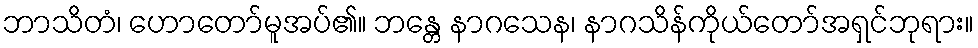
ဘာသိတံ၊ ဟောတော်မူအပ်၏။ ဘန္တေ နာဂသေန၊ နာဂသိန်ကိုယ်တော်အရှင်ဘုရား။